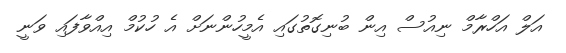
އަލް އަހްރާމް ނިއުސް އިން ބުނިގޮތުގައި އެމީހުންނަށް އެ ހުކުމް އިއްވާފައި ވަނީ